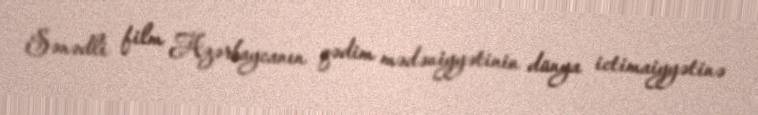
Sənədli film Azərbaycanın qədim mədəniyyətinin dünya ictimaiyyətinə